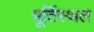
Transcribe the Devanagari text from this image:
मूर्तिस्थल